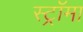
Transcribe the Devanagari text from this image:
स्ट्राॅमा